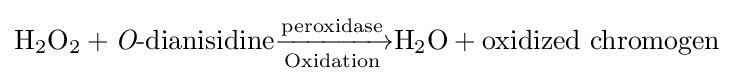
\mathrm {H_{2}O_{2}} +{\textit {O}}{\text{-dianisidine}}{\xrightarrow[{\mathrm {Oxidation} }]{\mathrm {peroxidase} }}\mathrm {H_{2}O} +\mathrm {oxidized\ chromogen}